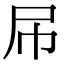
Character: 𡰯